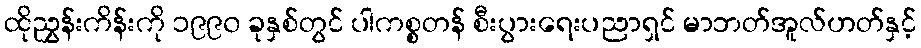
ထိုညွှန်းကိန်းကို ၁၉၉၀ ခုနှစ်တွင် ပါကစ္စတန် စီးပွားရေးပညာရှင် မာဘတ်အူလ်ဟတ်နှင့်